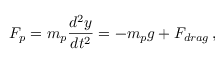
F _ { p } = m _ { p } \frac { d ^ { 2 } y } { d t ^ { 2 } } = - m _ { p } g + F _ { d r a g } \, ,